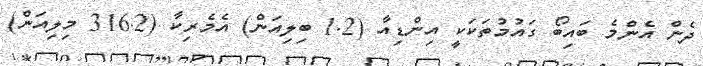
ދެން އެންމެ ބައިބޯ ގައުމުތަކަކީ އިންޑިއާ (1.2 ބިލިއަން) އެމެރިކާ (316.2 މިލިއަން)